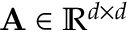
\mathbf { A } \in \mathbb { R } ^ { d \times d }